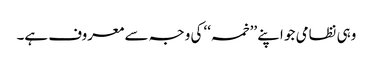
وہی نظامی جو اپنے ’’خمسہ‘‘ کی وجہ سے معروف ہے۔